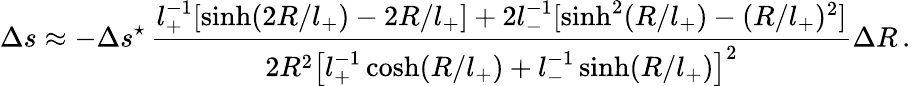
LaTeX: \Delta s\approx-\Delta s^{\star}\, \frac{l_{+}^{-1}[\sinh(2R/l_{+})-2R/l_{+}]+2l_{-}^{-1}[\sinh^{2}(R/l_{+})-(R/l_{+})^{2}]}{2R^{2}\left[l_{+}^{-1}\cosh(R/l_{+})+l_{-}^{-1}\sinh(R/l_{+})\right]^{2}}\Delta R\, .